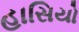
હાસિયો